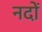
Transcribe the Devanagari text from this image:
नदों